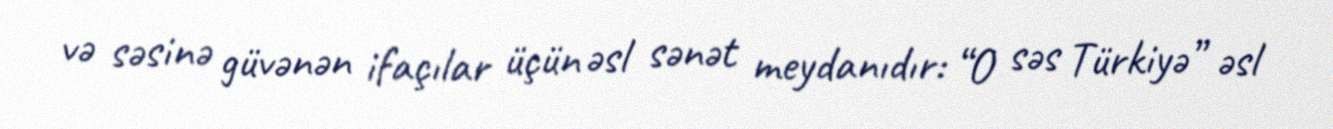
və səsinə güvənən ifaçılar üçün əsl sənət meydanıdır: “O səs Türkiyə” əsl